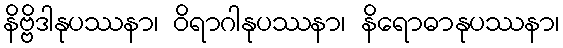
နိဗ္ဗိဒါနုပဿနာ၊ ဝိရာဂါနုပဿနာ၊ နိရောဓာနုပဿနာ၊